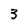
Character: 3